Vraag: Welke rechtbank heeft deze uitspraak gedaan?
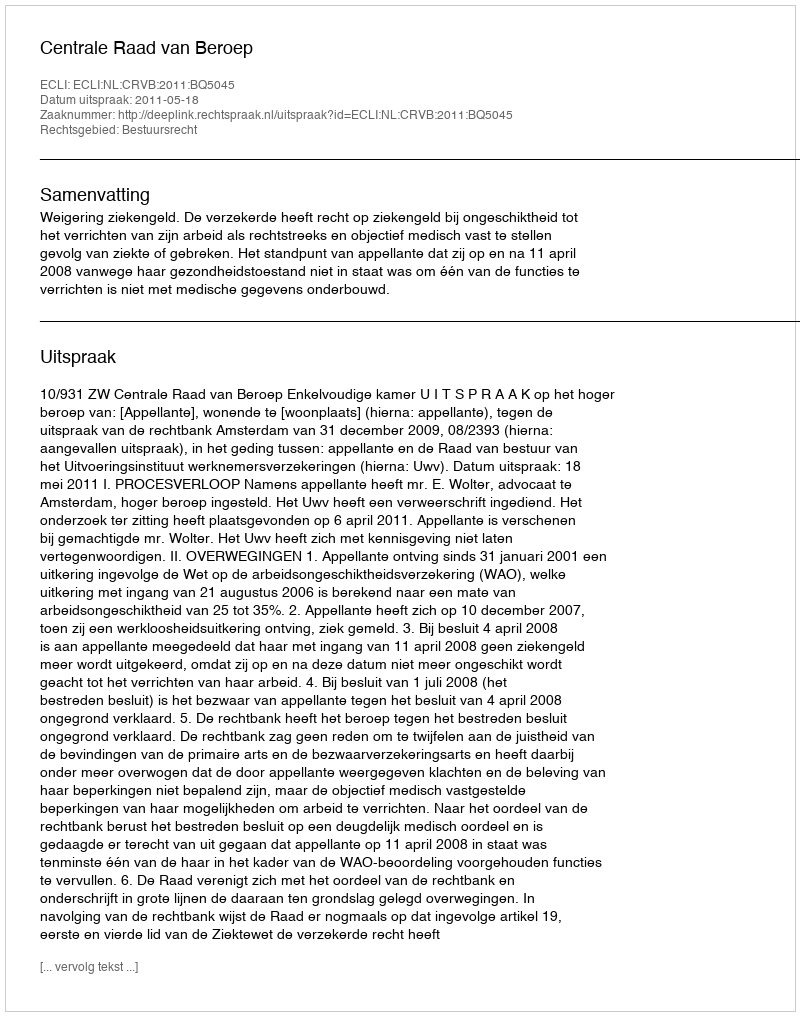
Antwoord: Centrale Raad van Beroep